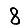
Digit: 8